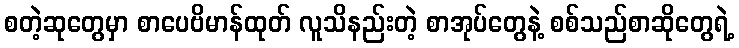
စတဲ့ဆုတွေမှာ စာပေဗိမာန်ထုတ် လူသိနည်းတဲ့ စာအုပ်တွေနဲ့ စစ်သည်စာဆိုတွေရဲ့